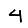
Digit: 4